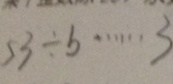
5 3 \div b \cdots 3